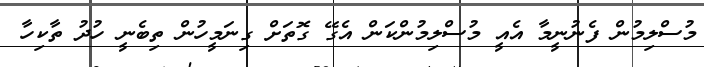
މުސްލިމުން ފެނުނީމާ އެއީ މުސްލިމުންކަން އެގޭ ގޮތަށް ގިނަމީހުން ތިބެނީ ހުދު ތާކިހާ